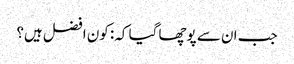
جب ان سے پوچھا گیا کہ: کون افضل ہیں؟